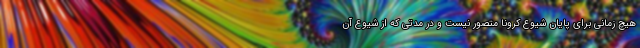
هیچ زمانی برای پایان شیوع کرونا متصور نیست و در مدتی که از شیوع آن